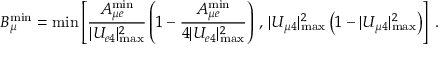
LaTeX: B _ { \mu } ^ { \mathrm { m i n } } = \operatorname * { m i n } \left[ \frac { A _ { { \mu } e } ^ { \mathrm { m i n } } } { | U _ { e 4 } | _ { \mathrm { m a x } } ^ { 2 } } \left( 1 - \frac { A _ { { \mu } e } ^ { \mathrm { m i n } } } { 4 | U _ { e 4 } | _ { \mathrm { m a x } } ^ { 2 } } \right) \, , \, | U _ { \mu 4 } | _ { \mathrm { m a x } } ^ { 2 } \left( 1 - | U _ { \mu 4 } | _ { \mathrm { m a x } } ^ { 2 } \right) \right] \, .